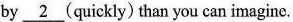
by \underline{2}(quickly) than you can imagine.